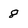
Character: 8